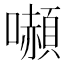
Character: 𭌍